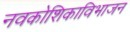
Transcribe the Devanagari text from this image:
नवकोशिकाविभाजन